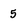
Character: 5